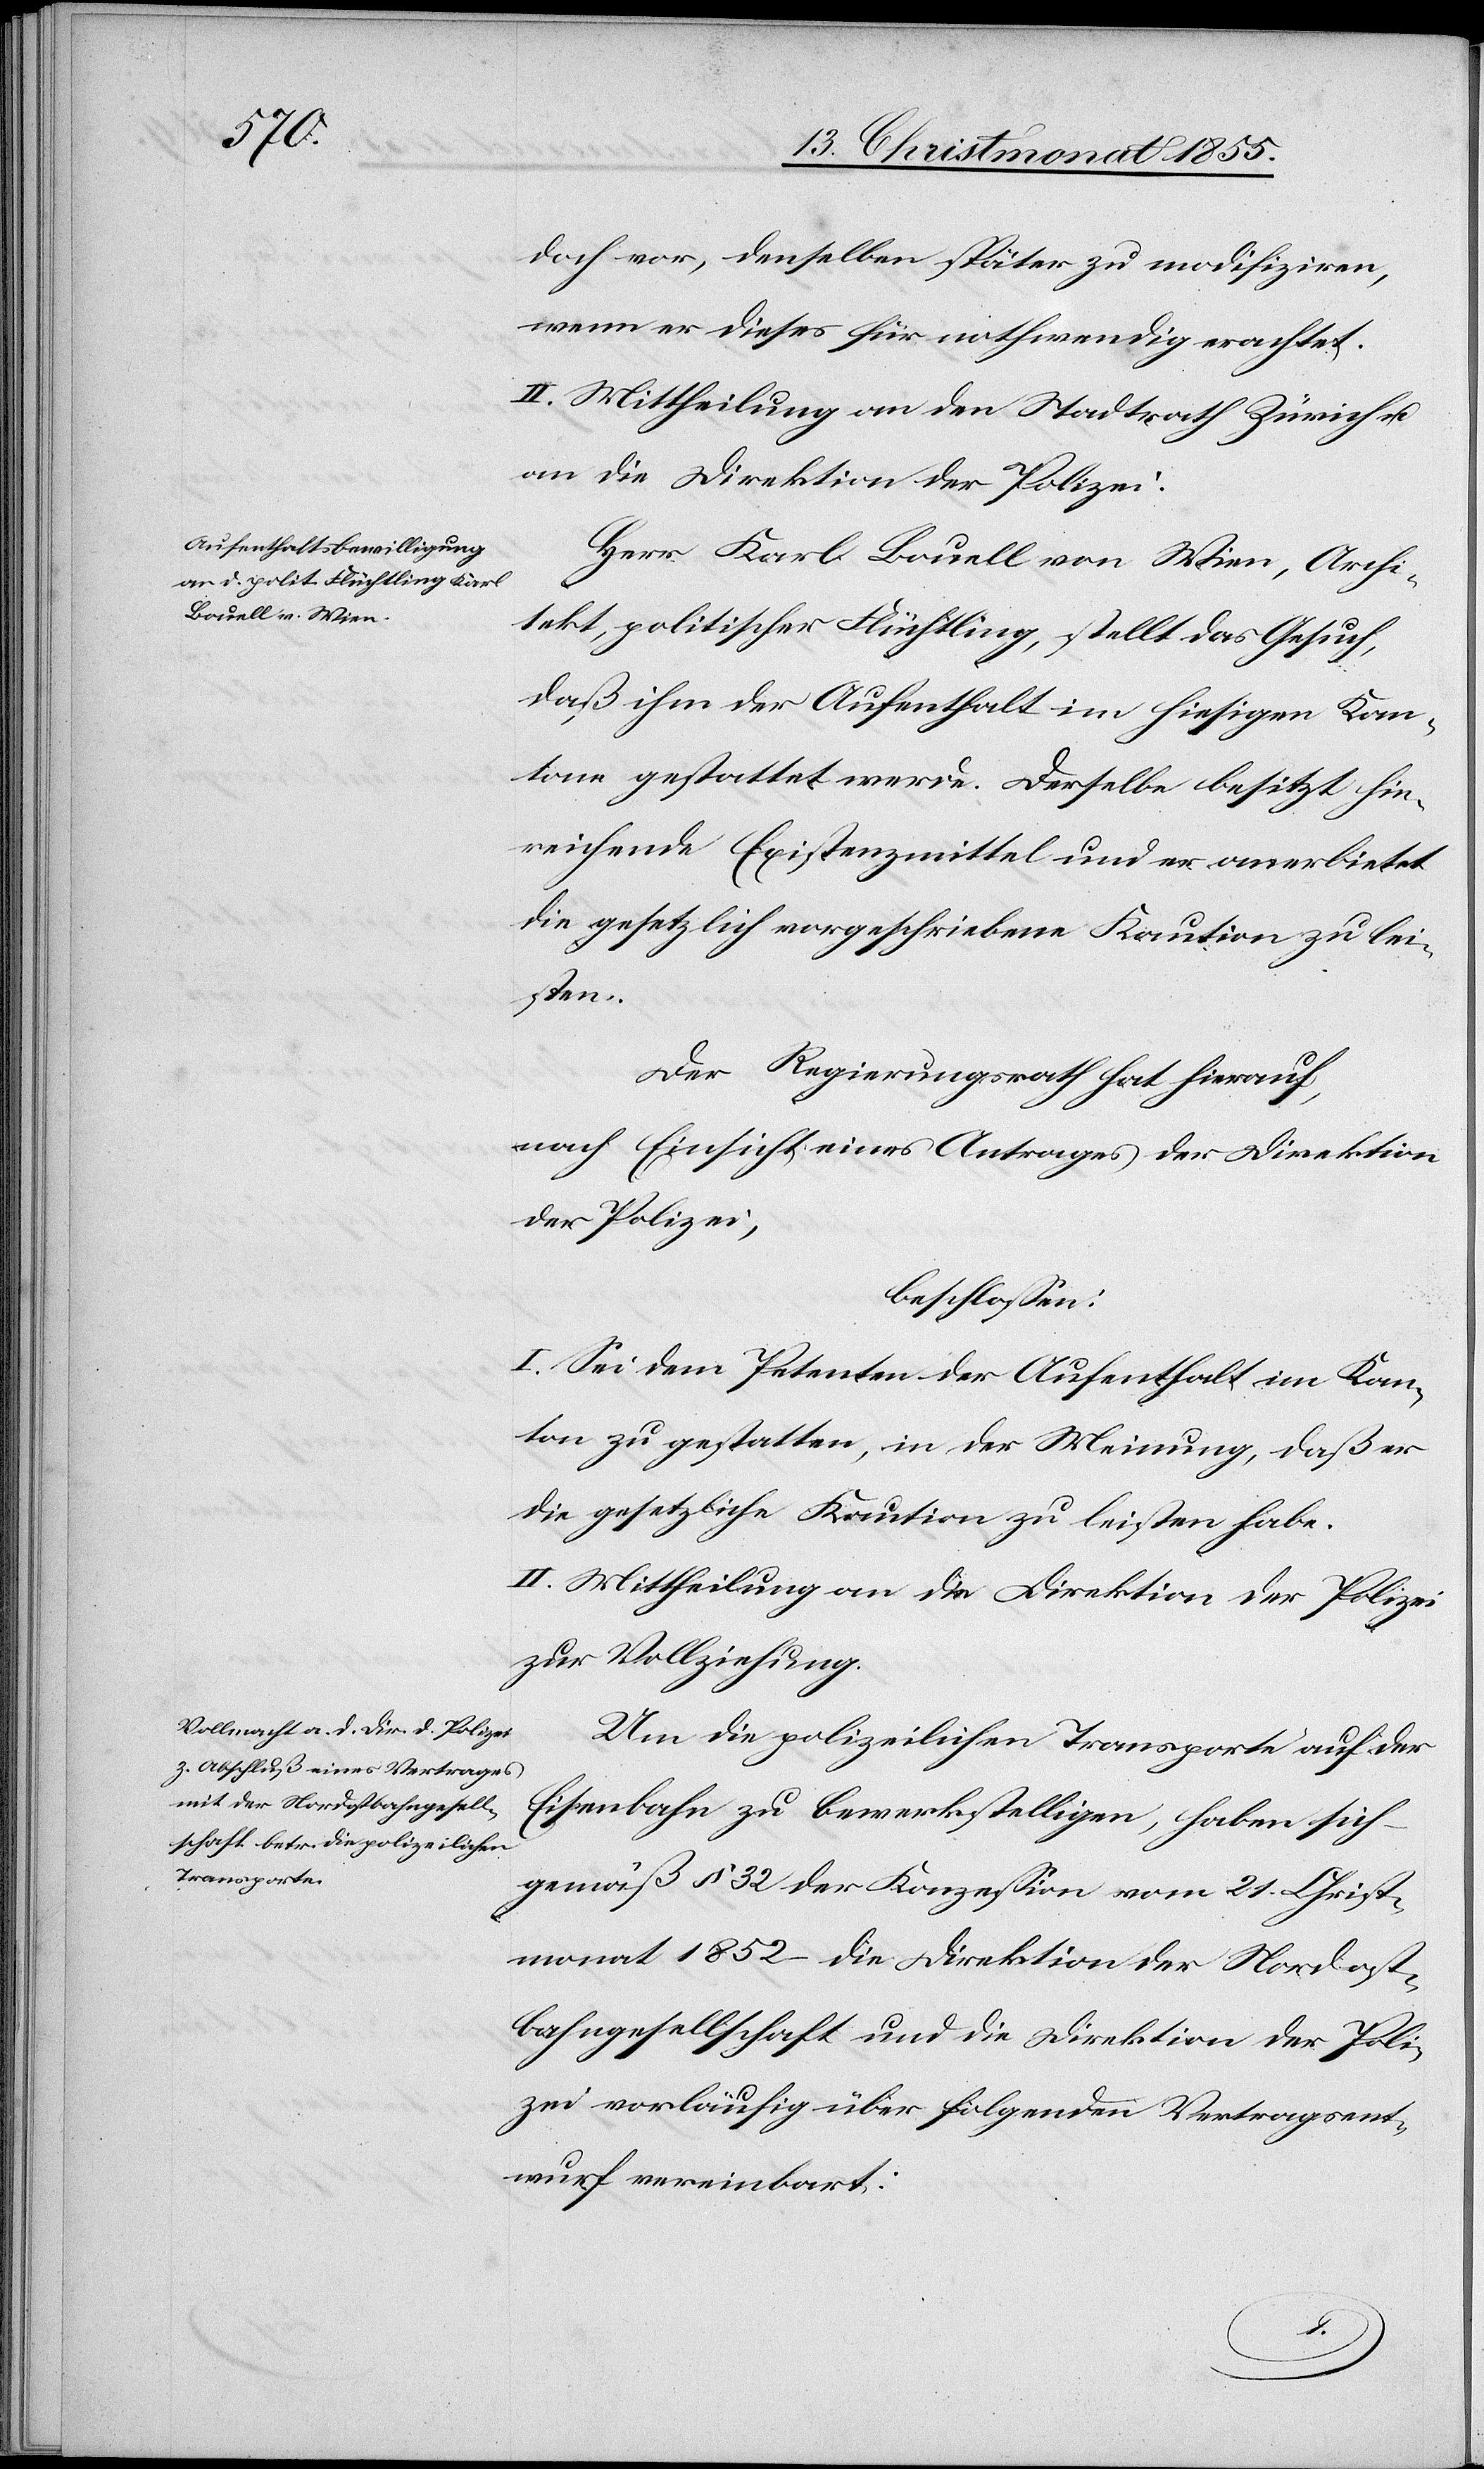
doch vor, denselben später zu modifiziren,
wenn er dieses für nothwendig erachtet.
II. Mittheilung an den Stadtrath Zürich u.
an die Direktion der Polizei.
Herr Karl Bouell von Wien, Archi¬
tekt, politischer Flüchtling, stellt das Gesuch,
daß ihm der Aufenthalt im hiesigen Kan¬
tone gestattet werde. Derselbe besitzt hin¬
reichende Existenzmittel und er anerbietet
die gesetzlich vorgeschriebene Kaution zu lei¬
sten.
Der Regierungsrath hat hierauf,
nach Einsicht eines Antrages der Direktion
der Polizei,
beschlossen:
I. Sei dem Petenten der Aufenthalt im Kan¬
ton zu gestatten, in der Meinung, daß er
die gesetzliche Kaution zu leisten habe.
II. Mittheilung an die Direktion der Polizei
zur Vollziehung.
Um die polizeilichen Transporte auf der
Eisenbahn zu bewerkstelligen, haben sich
gemäß § 32 der Konzession vom 21. Christ¬
monat 1852 – die Direktion der Nordost¬
bahngesellschaft und die Direktion der Poli¬
zei vorläufig über folgenden Vertragsent¬
wurf vereinbart: